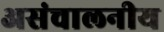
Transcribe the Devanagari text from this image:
असंचालनीय